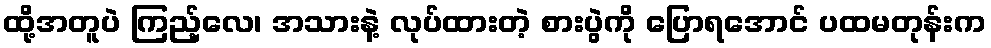
ထို့အတူပဲ ကြည့်လေ၊ အသားနဲ့ လုပ်ထားတဲ့ စားပွဲကို ပြောရအောင် ပထမတုန်းက